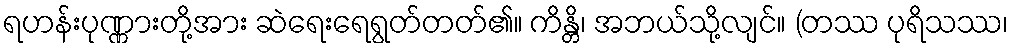
ရဟန်းပုဏ္ဏားတို့အား ဆဲရေးရေရွတ်တတ်၏။ ကိန္တိ၊ အဘယ်သို့လျင်။ (တဿ ပုရိသဿ၊